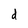
Character: d